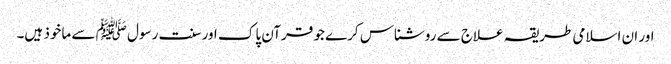
اور ان اسلامی طریقہ علاج سے روشناس کرے جو قرآن پاک اور سنت رسول ﷺ سے ماخوذ ہیں۔